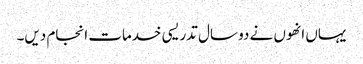
یہاں انھوں نے دو سال تدریسی خدمات انجام دیں۔